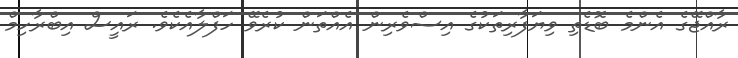
ރާއްޖޭގެ އެންމެ ބޮޑެތި ވިޔަފާރިތަކުގެ އިސްވެރިން އެއްތަން ކުރެވޭ ހަފްލާއެކެވެ. ރައީސް އިބްރާހިމް